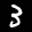
Label: 3